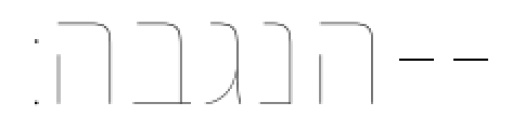
הנגבה׃--